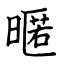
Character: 暱